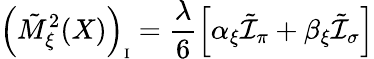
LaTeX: \left(\tilde{M}_{\xi}^{2}(X)\right)_{\mathrm{\scriptsize{I}}}=\frac{\lambda}{6}\left[\alpha_{\xi}\tilde{\cal I}_{\pi}+\beta_{\xi}\tilde{\cal I}_{\sigma}\right]